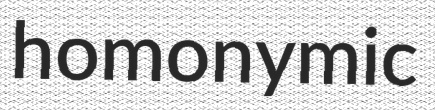
homonymic